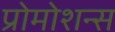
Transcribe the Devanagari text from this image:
प्रोमोशन्स